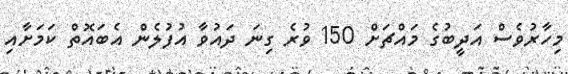
މިހާރުވެސް އަދީބުގެ މައްޗަށް 150 ވުރެ ގިނަ ދައުވާ އުފުލެން އެބައޮތް ކަމަށާއި